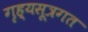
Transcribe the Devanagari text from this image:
गृह्यसूत्रगत